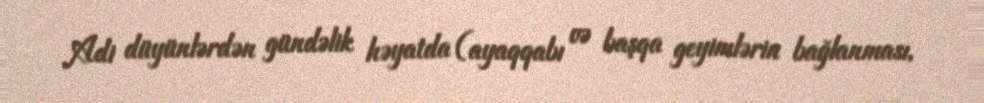
Adi düyünlərdən gündəlik həyatda (ayaqqabı və başqa geyimlərin bağlanması,